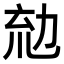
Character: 𠡤